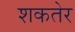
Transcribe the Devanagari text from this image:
शकतेर